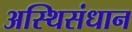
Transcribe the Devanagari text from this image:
अस्थिसंधान